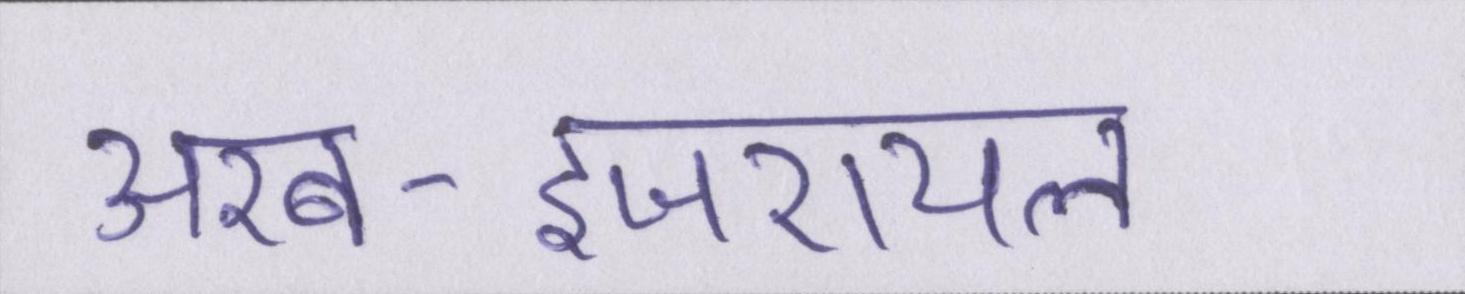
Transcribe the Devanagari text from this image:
अरब-इजरायल